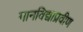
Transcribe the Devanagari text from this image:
गानविद्याप्रवीण